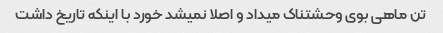
تن ماهی بوی وحشتناک میداد و اصلا نمیشد خورد با اینکه تاریخ داشت